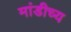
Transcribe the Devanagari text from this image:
मांडीच्य